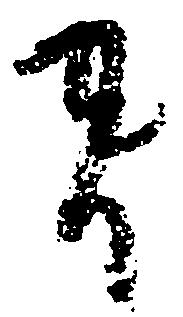
者